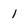
Character: 1